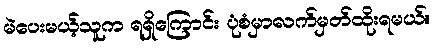
မဲပေးမယ့်သူက ရရှိကြောင်း ပုံစံမှာလက်မှတ်ထိုးရမယ်။